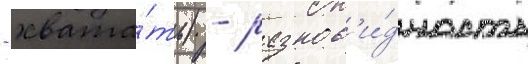
- хвата́ть) - разнов'и́дность